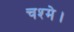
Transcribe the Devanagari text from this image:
चश्मे।